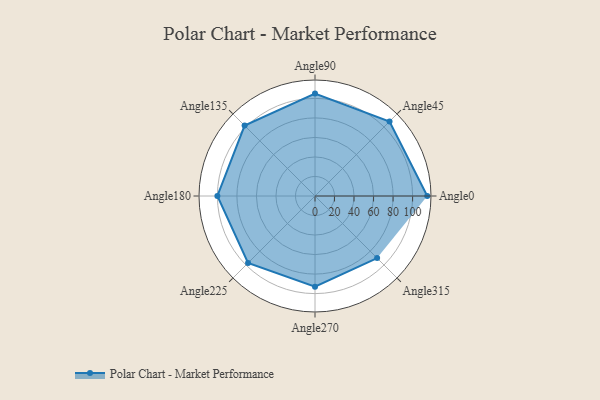
{"axis": {"x": "Angle", "y": "Radius"}, "legend": [""], "data": [{"x": "Angle0", "y": 115.0, "type": ""}, {"x": "Angle45", "y": 108.0, "type": ""}, {"x": "Angle90", "y": 105.0, "type": ""}, {"x": "Angle135", "y": 102.0, "type": ""}, {"x": "Angle180", "y": 100.0, "type": ""}, {"x": "Angle225", "y": 97.0, "type": ""}, {"x": "Angle270", "y": 93.0, "type": ""}, {"x": "Angle315", "y": 90.0, "type": ""}]}